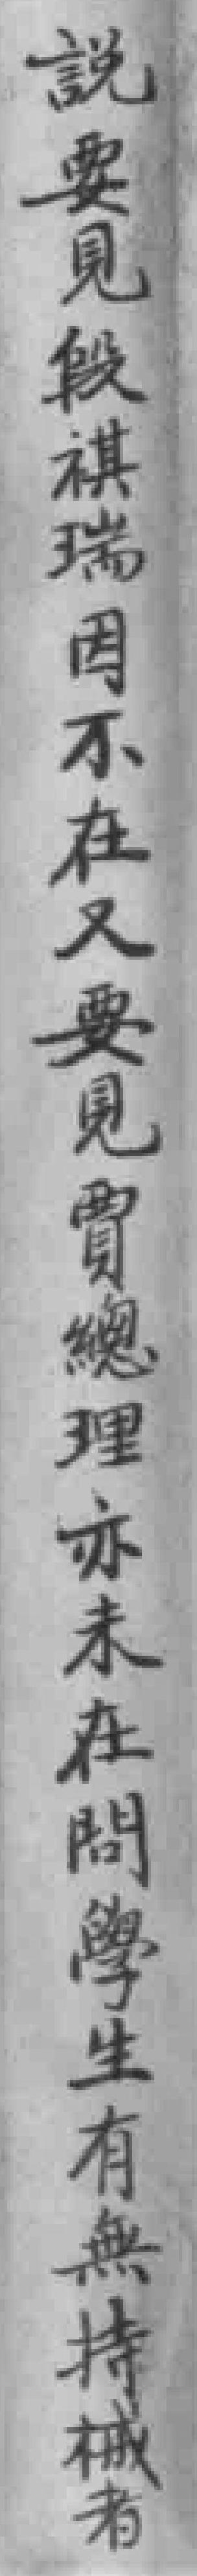
說要見段祺瑞因不在又要見賈總理亦未在問學生有無持械者